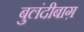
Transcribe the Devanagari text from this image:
बुलंदीबाग़